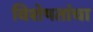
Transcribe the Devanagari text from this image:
विशेषतांचा